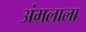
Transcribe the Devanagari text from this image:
अंमलाला